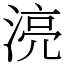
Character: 湸